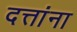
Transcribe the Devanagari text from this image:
दत्तांना